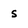
Character: s